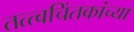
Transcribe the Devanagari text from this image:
तत्त्वचिंतकांच्या